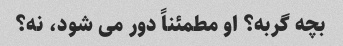
بچه گربه؟ او مطمئناً دور می شود، نه؟